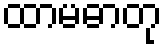
ထာမဓာတု